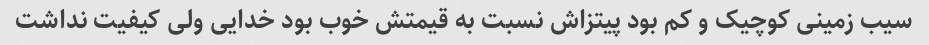
سیب زمینی کوچیک و کم بود پیتزاش نسبت به قیمتش خوب بود خدایی ولی کیفیت نداشت